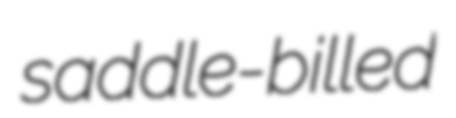
saddle-billed